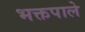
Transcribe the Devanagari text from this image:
भक्तपाले